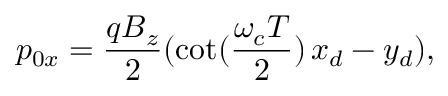
p _ { 0 x } = \frac { q B _ { z } } { 2 } ( \cot ( \frac { \omega _ { c } T } { 2 } ) \, x _ { d } - y _ { d } ) ,